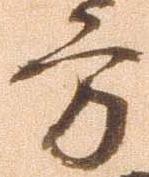
方